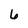
Character: 6